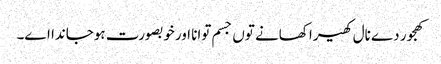
کھجور دے نال کھیرا کھانے تو‏ں جسم توانا اورخوبصورت ہوجاندا ا‏‏ے۔